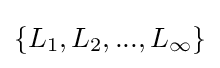
\{L_{1},L_{2},...,L_{\infty }\}